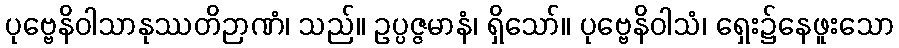
ပုဗ္ဗေနိဝါသာနုဿတိဉာဏံ၊ သည်။ ဥပ္ပဇ္ဇမာနံ၊ ရှိသော်။ ပုဗ္ဗေနိဝါသံ၊ ရှေး၌နေဖူးသော